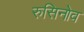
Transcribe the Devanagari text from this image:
रुसिनोव